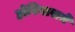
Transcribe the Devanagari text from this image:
होनियारामें